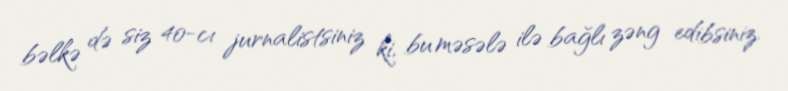
bəlkə də siz 40-cı jurnalistsiniz ki, bu məsələ ilə bağlı zəng edibsiniz.